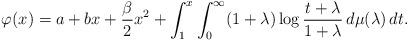
LaTeX: \begin{align*}\varphi(x)=a+bx+\frac{\beta}{2}x^2+\int_1^x \int_0^\infty (1+\lambda)\log\frac{t+\lambda}{1+\lambda}\,d\mu(\lambda)\,dt.\end{align*}